Report on the bubonic plague in Bombay, 1896-1897
Year: 1896
Disease focus: Plague
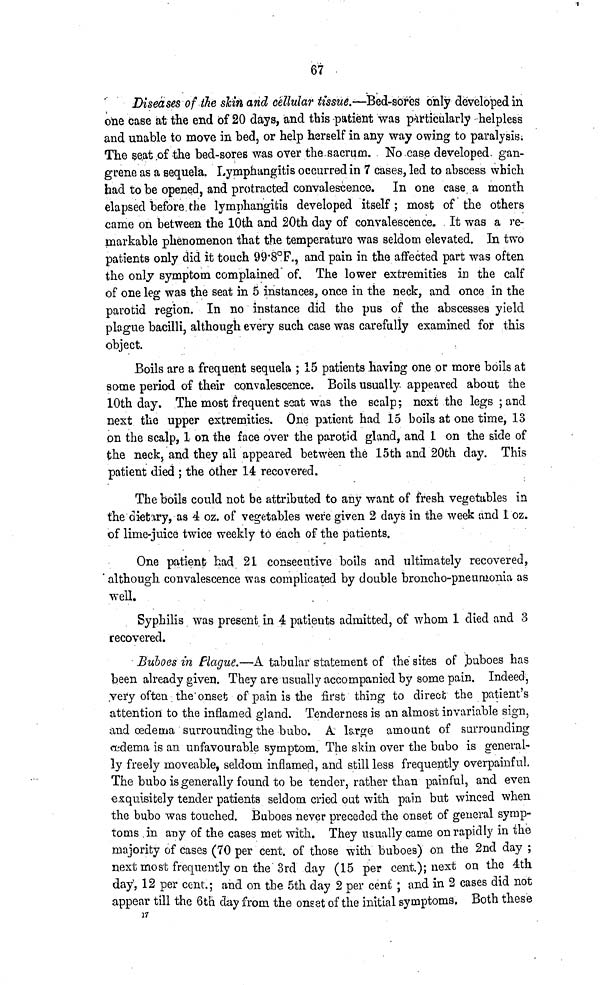
67
Diseases of the skin and cellular tissue.—Bed-sores only developed in
one case at the end of 20 days, and this patient was particularly helpless
and unable to move in bed, or help herself in any way owing to paralysis;
The seat of the bed-sores was over the sacrum. No case developed gan-
grene as a sequela. Lymphangitis occurred in 7 cases, led to abscess which
had to be opened, and protracted convalescence.
In one case a month
elapsed before the lymphangitis developed itself ; most of the others
came on between the 10th and 20th day of convalescence. It was a re-
markable phenomenon that the temperature was seldom elevated. In two
patients only did it touch 99.8°F., and pain in the affected part was often
the only symptom complained of. The lower extremities in the calf
of one leg was the seat in 5 instances, once in the neck, and once in the
parotid region. In no instance did the pus of the abscesses yield
plague bacilli, although every such case was carefully examined for this
object.
Boils are a frequent sequela ; 15 patients having one or more boils at
same period of their convalescence. Boils usually appeared about the
10th day. The most frequent scat was the scalp; next the legs ; and
next the upper extremities. One patient had 15 boils at one time, 13
on the scalp, 1 on the face over the parotid gland, and 1 on the side of
the neck, and they all appeared between the 15th and 20th day. This
patient died ; the other 14 recovered.
The boils could not be attributed to any want of fresh vegetables in
the dietary, as 4 oz. of vegetables weŕe given 2 days in the week und 1 oz.
of lime-juice twice weekly to each of the patients.
One patient had 21 consecutive boils and ultimately recovered,
although convalescence was complicated by double broncho-pneumonia as
well.
Syphilis was present in 4 patients admitted, of whom 1 died and 3
recovered.
Buboes in Plague.—A tabular statement of the sites of buboes has
been already given. They are usually accompanied by some pain. Indeed,
very often, the onset of pain is the first thing to direct the patient's
attention to the inflamed gland. Tenderness is an almost invariable sign,
and ædema surrounding the bubo. A large amount of surrounding
ædema is an unfavourable symptom. The skin over the bubo is general-
ly freely moveable, seldom inflamed, and still less frequently overpainful.
The bubo is generally found to be tender, rather than painful, and even
exquisitely tender patients seldom cried out with pain but winced when
the bubo was touched. Buboes never preceded the onset of general symp-
toms in any of the cases met with. They usually came on rapidly in the
majority of cases (70 per cent. of those with buboes) on the 2nd day ;
next most frequently on the 3rd day (15 per cent); next on the 4th
day, 12 per cent.; and on the 5th day 2 per cent ; and in 2 cases did not
appear till the 6th day from the onset of the initial symptoms. Both these
17